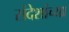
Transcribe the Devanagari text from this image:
संदेशांच्या